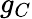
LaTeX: g_{C}